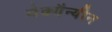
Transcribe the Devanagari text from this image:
मेक्गैन्यीन